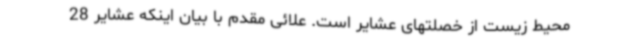
محیط زیست از خصلتهای عشایر است. علائی مقدم با بیان اینکه عشایر 28